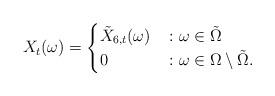
LaTeX: \begin{align*} X_t(\omega) = \begin{cases} \tilde{X}_{6,t}(\omega) & \colon \omega \in \tilde{\Omega} \\ 0 & \colon \omega \in \Omega \setminus \tilde{\Omega} . \end{cases}\end{align*}